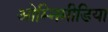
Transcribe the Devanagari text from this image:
ओम्‍निमीडिया